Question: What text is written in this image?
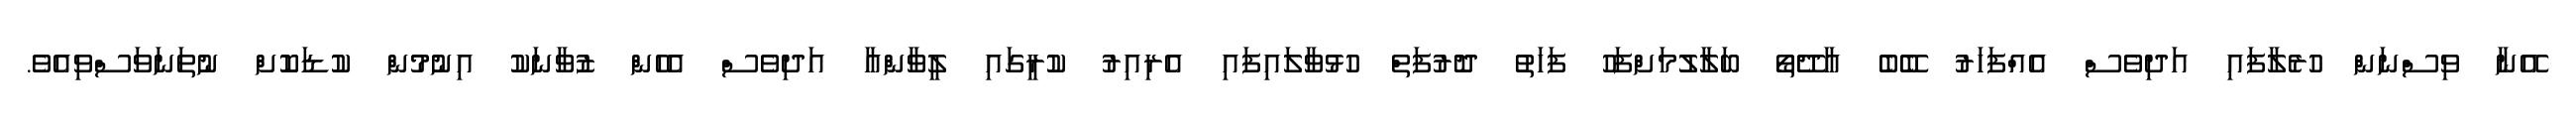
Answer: އޭނާ ވިސްނަން ހުރެލާފައި އަދިވެސް އެއްފަހަރު ބޭބެ އާދޭތޯ ބަލާލުމަށްފަހު ފަހަތު ދޮރުފަތް ހުޅުވާލައިފައި އެރިއިރު ކުރީގައި ލީވާންއާ އަދިވެސް އެހެން ޒުވާނަކު އިނުމުން ކުޑަކޮށް ނުތަނަވަސްވިއެވެ.